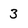
Character: 3